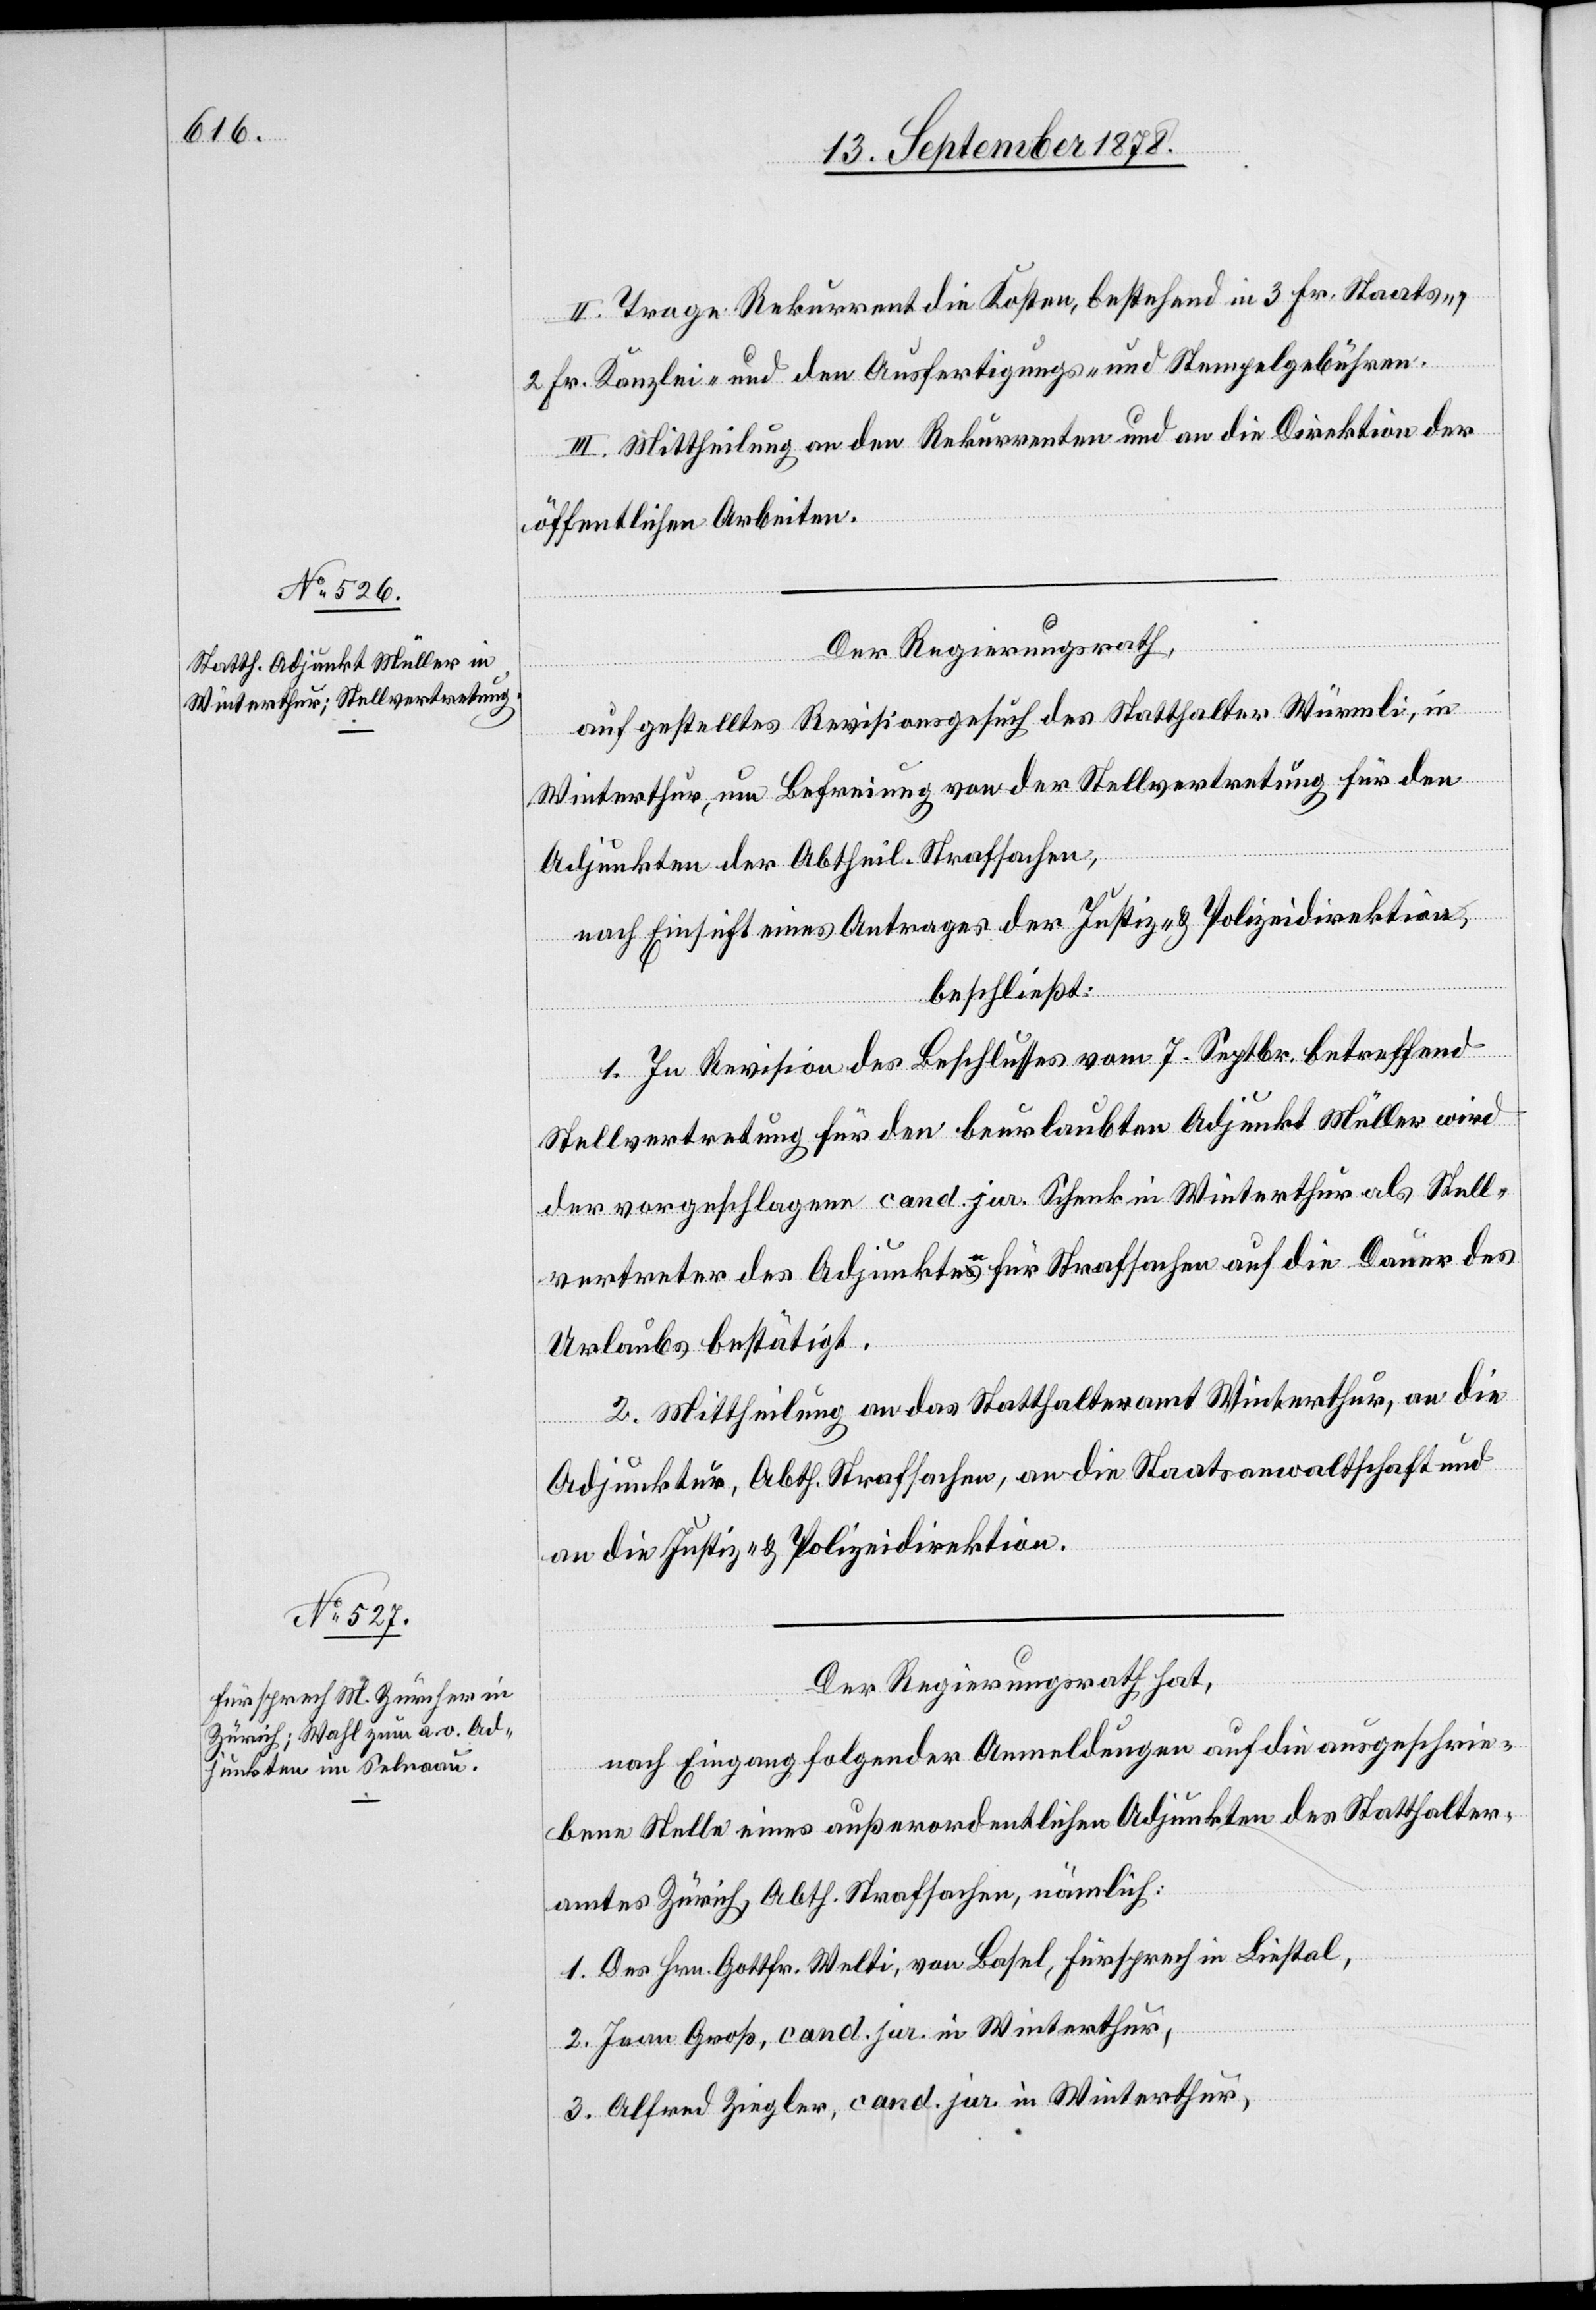
II. Trage Rekurrent die Kosten, bestehend in 3 Fr. Staats-,
2 Fr. Kanzlei- und den Ausfertigungs- und Stempelgebühren.
III. Mittheilung an den Rekurrenten und an die Direktion der
öffentlichen Arbeiten.
Der Regierungsrath,
auf gestelltes Revisionsgesuch des Statthalter Würmli, in
Winterthur, um Befreiung von der Stellvertretung für den
Adjunkten der Abtheil. Strafsachen,
nach Einsicht eines Antrages der Justiz- & Polizeidirektion,
beschließt:
1. In Revision des Beschlusses vom 7. Septbr. betreffend
Stellvertretung für den beurlaubten Adjunkt Müller wird
der vorgeschlagene cand. jur. Schenk in Winterthur als Stell¬
vertreter des Adjunkten für Strafsachen auf die Dauer des
Urlaubs bestätigt.
2. Mittheilung an das Statthalteramt Winterthur, an die
Adjunktur, Abth. Strafsachen, an die Staatsanwaltschaft und
an die Justiz- & Polizeidirektion.
Der Regierungsrath hat,
nach Eingang folgender Anmeldungen auf die ausgeschrie¬
bene Stelle eines außerordentlichen Adjunkten des Statthalter¬
amtes Zürich, Abth. Strafsachen, nämlich:
1. Des Hrn. Gottfr. Welti, von Basel, Fürsprech in Liestal,
2. Jean Groß, cand. jur. in Winterthur,
3. Alfred Ziegler, cand. jur in Winterthur,